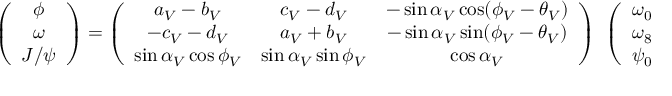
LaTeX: \left( \begin{array} { c } { { \phi } } \\ { { \omega } } \\ { { J / \psi } } \end{array} \right) = \left( \begin{array} { c c c } { { a _ { V } - b _ { V } } } & { { c _ { V } - d _ { V } } } & { { - \sin \alpha _ { V } \cos ( \phi _ { V } - \theta _ { V } ) } } \\ { { - c _ { V } - d _ { V } } } & { { a _ { V } + b _ { V } } } & { { - \sin \alpha _ { V } \sin ( \phi _ { V } - \theta _ { V } ) } } \\ { { \sin \alpha _ { V } \cos \phi _ { V } } } & { { \sin \alpha _ { V } \sin \phi _ { V } } } & { { \cos \alpha _ { V } } } \end{array} \right) ~ \left( \begin{array} { c } { { \omega _ { 0 } } } \\ { { \omega _ { 8 } } } \\ { { \psi _ { 0 } } } \end{array} \right) ,